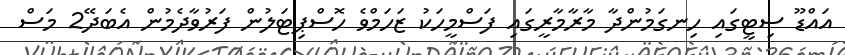
އައްޑޫ ސިޓީގައި ހިނގަމުންދާ މާރާމާރީގައި ފަސްމީހަކު ޒަހަމްވެ ހޮސްޕިޓަލުން ފަރުވާދެމުން އެބަދޭ2 މަސް